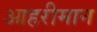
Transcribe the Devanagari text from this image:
आहरीमान